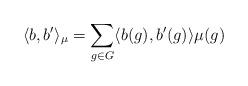
LaTeX: \begin{align*}\langle b,b'\rangle_{\mu}=\sum_{g\in G} \langle b(g),b'(g) \rangle \mu(g)\end{align*}